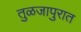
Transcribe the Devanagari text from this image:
तुळजापुरात